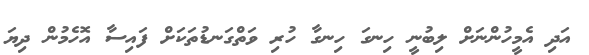
އަދި އެމީހުންނަށް ލިބުނީ ހިނގަ ހިނގާ ހުރި ވަތްގަނޑުތަކަށް ފައިސާ އޮހެމުން ދިޔަ